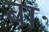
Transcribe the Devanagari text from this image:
बाः